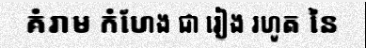
គំរាម កំហែង ជា រៀង រហូត នៃ